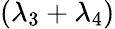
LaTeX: (\lambda_{3}+\lambda_{4})